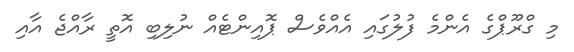
މި ގްރޫޕްގެ އެންމެ ފުލުގައި އެއްވެސް ޕޮއިންޓެއް ނުލިބި އޮތީ ރާއްޖެ އާއި